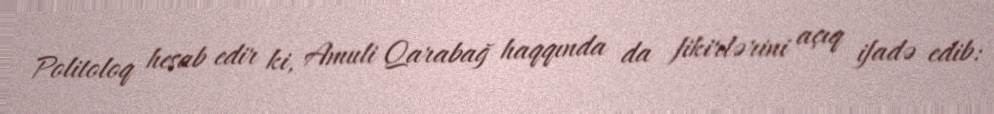
Politoloq hesab edir ki, Amuli Qarabağ haqqında da fikirlərini açıq ifadə edib: